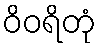
ဝိဝရိတုံ